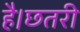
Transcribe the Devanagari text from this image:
है।छतरी